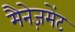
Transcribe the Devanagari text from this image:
मैनेज़मेंट